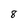
Character: 8